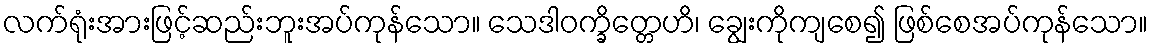
လက်ရုံးအားဖြင့်ဆည်းဘူးအပ်ကုန်သော။ သေဒါဝက္ခိတ္တေဟိ၊ ချွေးကိုကျစေ၍ ဖြစ်စေအပ်ကုန်သော။